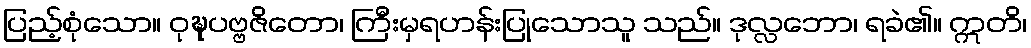
ပြည့်စုံသော။ ဝုဍ္ဎပဗ္ဗဇိတော၊ ကြီးမှရဟန်းပြုသောသူ သည်။ ဒုလ္လဘော၊ ရခဲ၏။ ဣတိ၊